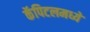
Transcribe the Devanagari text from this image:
कॅपिटलमध्ये